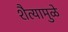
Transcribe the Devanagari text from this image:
शैत्यामुळे